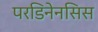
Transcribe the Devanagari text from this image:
परडिनेनसिस